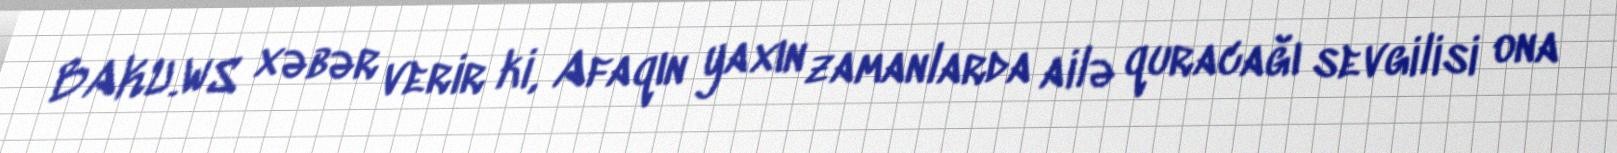
BAKU.WS xəbər verir ki, Afaqın yaxın zamanlarda ailə quracağı sevgilisi ona